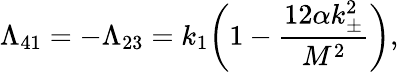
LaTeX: \Lambda_{41}=-\Lambda_{23}=k_{1}\bigg(1-\frac{12\alpha k_{\pm}^{2}}{M^{2}}\bigg),